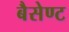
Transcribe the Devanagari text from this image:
बैसेण्ट